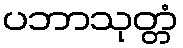
ပဘာသုတ္တံ